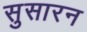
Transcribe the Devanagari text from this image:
सुसारन